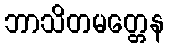
ဘာသိတမတ္တေန